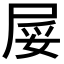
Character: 𱚺